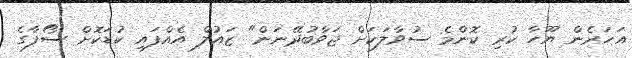
އަހަރެން ޔޫހާ ކުރި ކޮންމެ ސުވާލަކަށް ޖަވާބުދޭނަން" ޒައުލް އެއްފައި ކުޑަކޮށް ސޯފާގެ